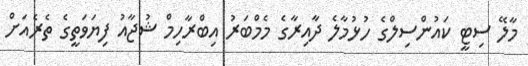
މާލޭ ސިޓީ ކައުންސިލްގެ ހުޅުމާލެ ދާއިރާގެ މެމްބަރު އިބްރާހިމް ޝުޖާއު ފިޔަވަތީގެ ތެރެއަށް